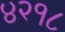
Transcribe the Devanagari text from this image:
४२१८